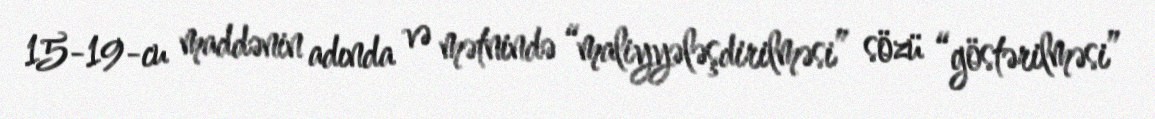
15-19-cu maddənin adında və mətnində “maliyyələşdirilməsi” sözü “göstərilməsi”